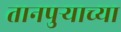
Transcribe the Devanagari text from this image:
तानपुऱ्याच्या